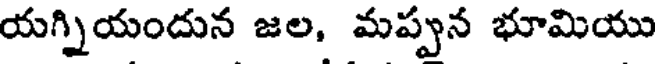
యగ్నియందున జల, మప్పన భూమియు